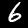
Label: 6